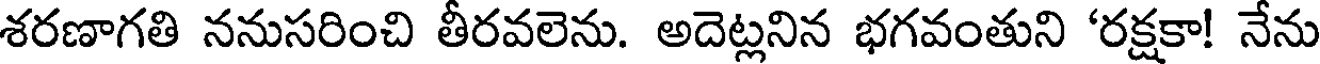
శరణాగతి ననుసరించి తీరవలెను. అదెట్లనిన భగవంతుని 'రక్షకా! నేను